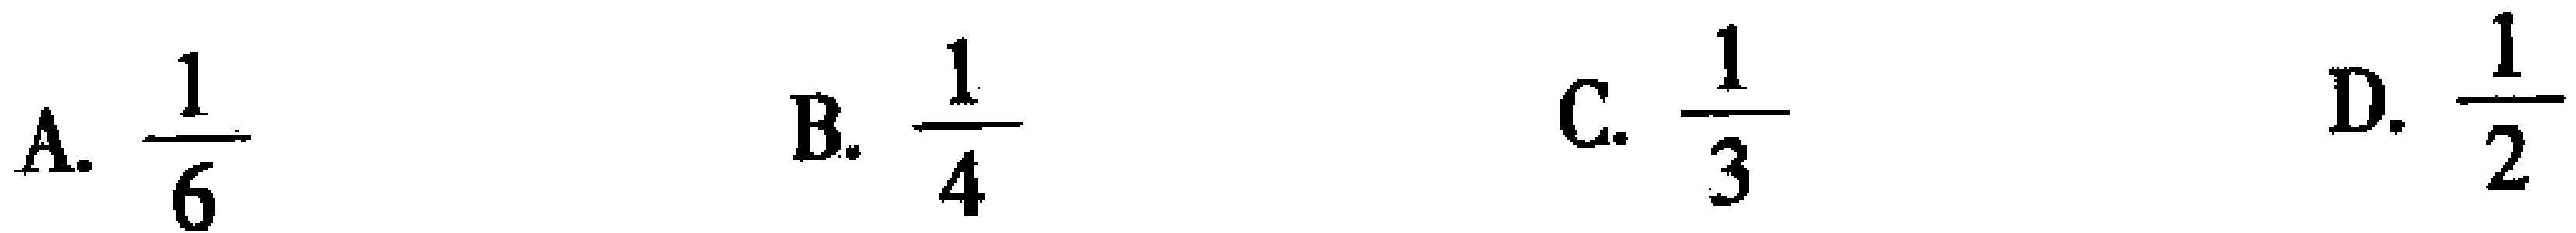
A. $\frac{1}{6}$  B. $\frac{1}{4}$  C. $\frac{1}{3}$  D. $\frac{1}{2}$